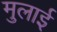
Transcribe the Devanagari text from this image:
मुलाई